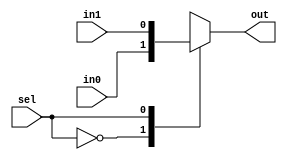
module vc_Mux2
#(
  parameter p_nbits = 1
)(
  input      [p_nbits-1:0] in0, in1,
  input                    sel,
  output reg [p_nbits-1:0] out
);

  always @(*)
  begin
    case ( sel )
      1'd0 : out = in0;
      1'd1 : out = in1;
      default : out = {p_nbits{1'bx}};
    endcase
  end

endmodule
module vc_EnResetAsyncReg
#(
  parameter p_nbits       = 1,
  parameter p_reset_value = 0
)(
  input  logic               clk,   // Clock input
  input  logic               reset, // Sync reset input
  output logic [p_nbits-1:0] q,     // Data output
  input  logic [p_nbits-1:0] d,     // Data input
  input  logic               en     // Enable input
);

  always @(posedge clk or posedge reset) begin
    if (reset) begin
         q <= p_reset_value;
    end else if (en) begin
        q <= d;
      end
   end

endmodule
module Asic 
#(
  parameter p_divN_bits = 1,
  parameter p_divM_bits = 3
)(
  input  logic reset,
  input  logic clk,
  input  logic en_divN,

  input  logic [p_divN_bits-1:0] divN, // 0 for 4 and 1 for 8
  input  logic [p_divM_bits-1:0] divM, // 0 for 1, 1 for 2, \u2026, 7 for 8

  output logic clk_prescale_o,
  output logic clk_gate_o
);
  // divide-by-N (N = 4 or 8)
  logic div2q, div2d; 
  logic div4q, div4d;
  logic div8q, div8d;
  // logic en_divN;
  logic clkN; // 0 for 1, 1 for 2, \u2026, 7 for 8

  logic phase_pass;
  logic [p_divM_bits-1:0] counterM; // M
  logic clkM;

  // gating logic
  logic phase_gate;
  assign div2d   = ~div2q; // flop output fed back to flop input
  vc_EnResetAsyncReg div2 ( .clk(clk),.reset(reset),.q(div2q),.d(div2d),.en(en_divN) ); 
  assign div4d   = ~div4q;
  vc_EnResetAsyncReg div4 ( .clk(div2q),.reset(reset),.q(div4q),.d(div4d),.en(en_divN) ); 
  assign div8d   = ~div8q;
  vc_EnResetAsyncReg div8 ( .clk(div4q),.reset(reset),.q(div8q),.d(div8d),.en(en_divN) );

  vc_Mux2 muxN ( .in0(div4q),.in1(div8q),.sel(divN),.out(clkN) );

  always @(posedge clkN or posedge reset) begin
        if (reset) begin
            counterM   <= 0;    // like this for counterM, but rather just
            phase_pass <= 0;    // a reset in a posedge always block then
  	end else if (counterM >= divM) begin
  		counterM   <= 0;
  	        phase_pass <= 1;
  	    end else begin
  		counterM   <= counterM + 1;
  		phase_pass <= 0;
            end  	
  end

  always @(*)
    if (~clkN)
       phase_gate <= phase_pass;
       assign clkM = clkN & phase_gate;  

       assign clk_prescale_o = clkN;
       assign clk_gate_o     = clkM;

endmodule